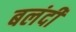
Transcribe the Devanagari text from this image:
बलंदी